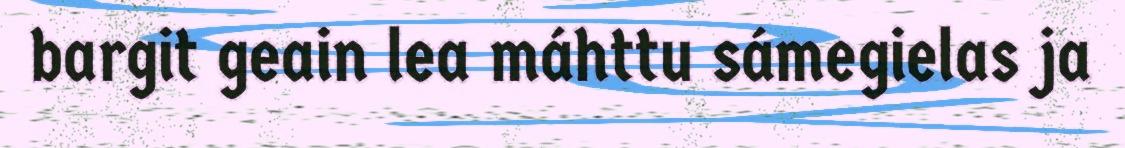
bargit geain lea máhttu sámegielas ja